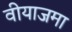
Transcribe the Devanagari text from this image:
वीयाजमा